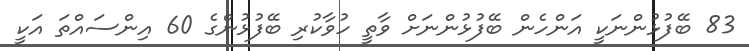
83 ބޭފުޅުންނަކީ އަންހެން ބޭފުޅުންނަށް ވާތީ ހުވާކުރި ބޭފުޅުންގެ 60 އިންސައްތަ އަކީ